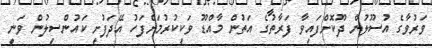
ވަރުވާގެ އުސޫލުން ދޫކޮށްފައިވާ ފަރާތުގެ އަތުން މާއްޑޫ ވަކިކުރުމަށްފަހު އޭދަފުށީ ކައުންސިލުން ވަނީ